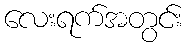
လေးရက်အတွင်း